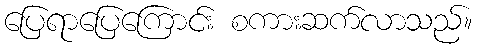
ပြေရာပြေကြောင်း စကားဆက်လာသည်။